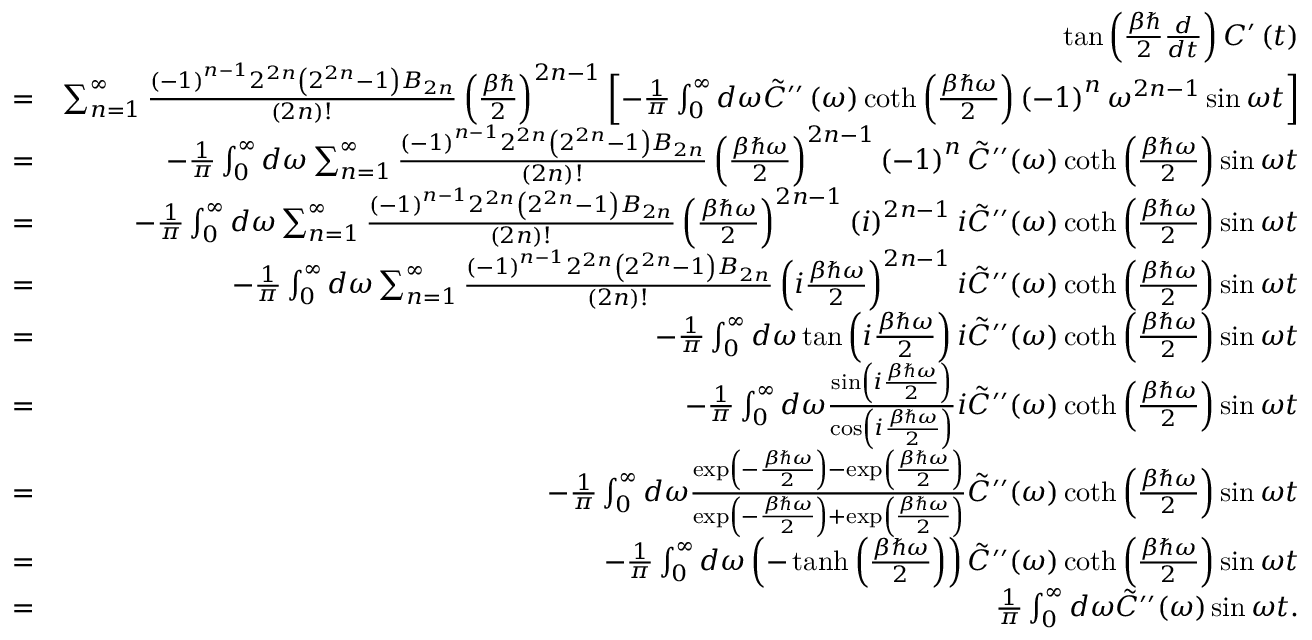
\begin{array} { r l r } & { } & { \tan \left( \frac { \beta \hbar } { 2 } \frac { d } { d t } \right) C ^ { \prime } \left( t \right) } \\ & { = } & { \sum _ { n = 1 } ^ { \infty } \frac { \left( - 1 \right) ^ { n - 1 } 2 ^ { 2 n } \left( 2 ^ { 2 n } - 1 \right) B _ { 2 n } } { \left( 2 n \right) ! } \left( \frac { \beta \hbar } { 2 } \right) ^ { 2 n - 1 } \left[ - \frac { 1 } { \pi } \int _ { 0 } ^ { \infty } d \omega \tilde { C } ^ { \prime \prime } \left( \omega \right) \coth \left( \frac { \beta \hbar \omega } { 2 } \right) \left( - 1 \right) ^ { n } \omega ^ { 2 n - 1 } \sin \omega t \right] } \\ & { = } & { - \frac { 1 } { \pi } \int _ { 0 } ^ { \infty } d \omega \sum _ { n = 1 } ^ { \infty } \frac { \left( - 1 \right) ^ { n - 1 } 2 ^ { 2 n } \left( 2 ^ { 2 n } - 1 \right) B _ { 2 n } } { \left( 2 n \right) ! } \left( \frac { \beta \hbar \omega } { 2 } \right) ^ { 2 n - 1 } \left( - 1 \right) ^ { n } \tilde { C } ^ { \prime \prime } ( \omega ) \coth \left( \frac { \beta \hbar \omega } { 2 } \right) \sin \omega t } \\ & { = } & { - \frac { 1 } { \pi } \int _ { 0 } ^ { \infty } d \omega \sum _ { n = 1 } ^ { \infty } \frac { \left( - 1 \right) ^ { n - 1 } 2 ^ { 2 n } \left( 2 ^ { 2 n } - 1 \right) B _ { 2 n } } { \left( 2 n \right) ! } \left( \frac { \beta \hbar \omega } { 2 } \right) ^ { 2 n - 1 } \left( i \right) ^ { 2 n - 1 } i \tilde { C } ^ { \prime \prime } ( \omega ) \coth \left( \frac { \beta \hbar \omega } { 2 } \right) \sin \omega t } \\ & { = } & { - \frac { 1 } { \pi } \int _ { 0 } ^ { \infty } d \omega \sum _ { n = 1 } ^ { \infty } \frac { \left( - 1 \right) ^ { n - 1 } 2 ^ { 2 n } \left( 2 ^ { 2 n } - 1 \right) B _ { 2 n } } { \left( 2 n \right) ! } \left( i \frac { \beta \hbar \omega } { 2 } \right) ^ { 2 n - 1 } i \tilde { C } ^ { \prime \prime } ( \omega ) \coth \left( \frac { \beta \hbar \omega } { 2 } \right) \sin \omega t } \\ & { = } & { - \frac { 1 } { \pi } \int _ { 0 } ^ { \infty } d \omega \tan \left( i \frac { \beta \hbar \omega } { 2 } \right) i \tilde { C } ^ { \prime \prime } ( \omega ) \coth \left( \frac { \beta \hbar \omega } { 2 } \right) \sin \omega t } \\ & { = } & { - \frac { 1 } { \pi } \int _ { 0 } ^ { \infty } d \omega \frac { \sin \left( i \frac { \beta \hbar \omega } { 2 } \right) } { \cos \left( i \frac { \beta \hbar \omega } { 2 } \right) } i \tilde { C } ^ { \prime \prime } ( \omega ) \coth \left( \frac { \beta \hbar \omega } { 2 } \right) \sin \omega t } \\ & { = } & { - \frac { 1 } { \pi } \int _ { 0 } ^ { \infty } d \omega \frac { \exp \left( - \frac { \beta \hbar \omega } { 2 } \right) - \exp \left( \frac { \beta \hbar \omega } { 2 } \right) } { \exp \left( - \frac { \beta \hbar \omega } { 2 } \right) + \exp \left( \frac { \beta \hbar \omega } { 2 } \right) } \tilde { C } ^ { \prime \prime } ( \omega ) \coth \left( \frac { \beta \hbar \omega } { 2 } \right) \sin \omega t } \\ & { = } & { - \frac { 1 } { \pi } \int _ { 0 } ^ { \infty } d \omega \left( - \operatorname { t a n h } \left( \frac { \beta \hbar \omega } { 2 } \right) \right) \tilde { C } ^ { \prime \prime } ( \omega ) \coth \left( \frac { \beta \hbar \omega } { 2 } \right) \sin \omega t } \\ & { = } & { \frac { 1 } { \pi } \int _ { 0 } ^ { \infty } d \omega \tilde { C } ^ { \prime \prime } ( \omega ) \sin \omega t . } \end{array}